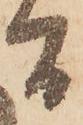
間